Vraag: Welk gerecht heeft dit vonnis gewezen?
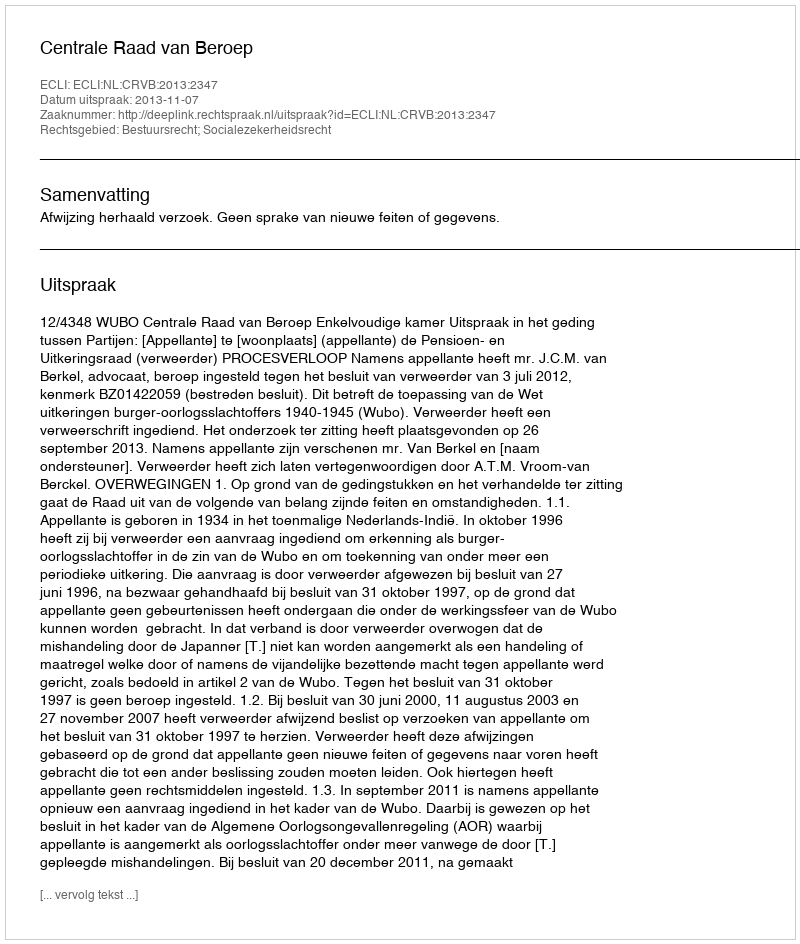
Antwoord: Centrale Raad van Beroep